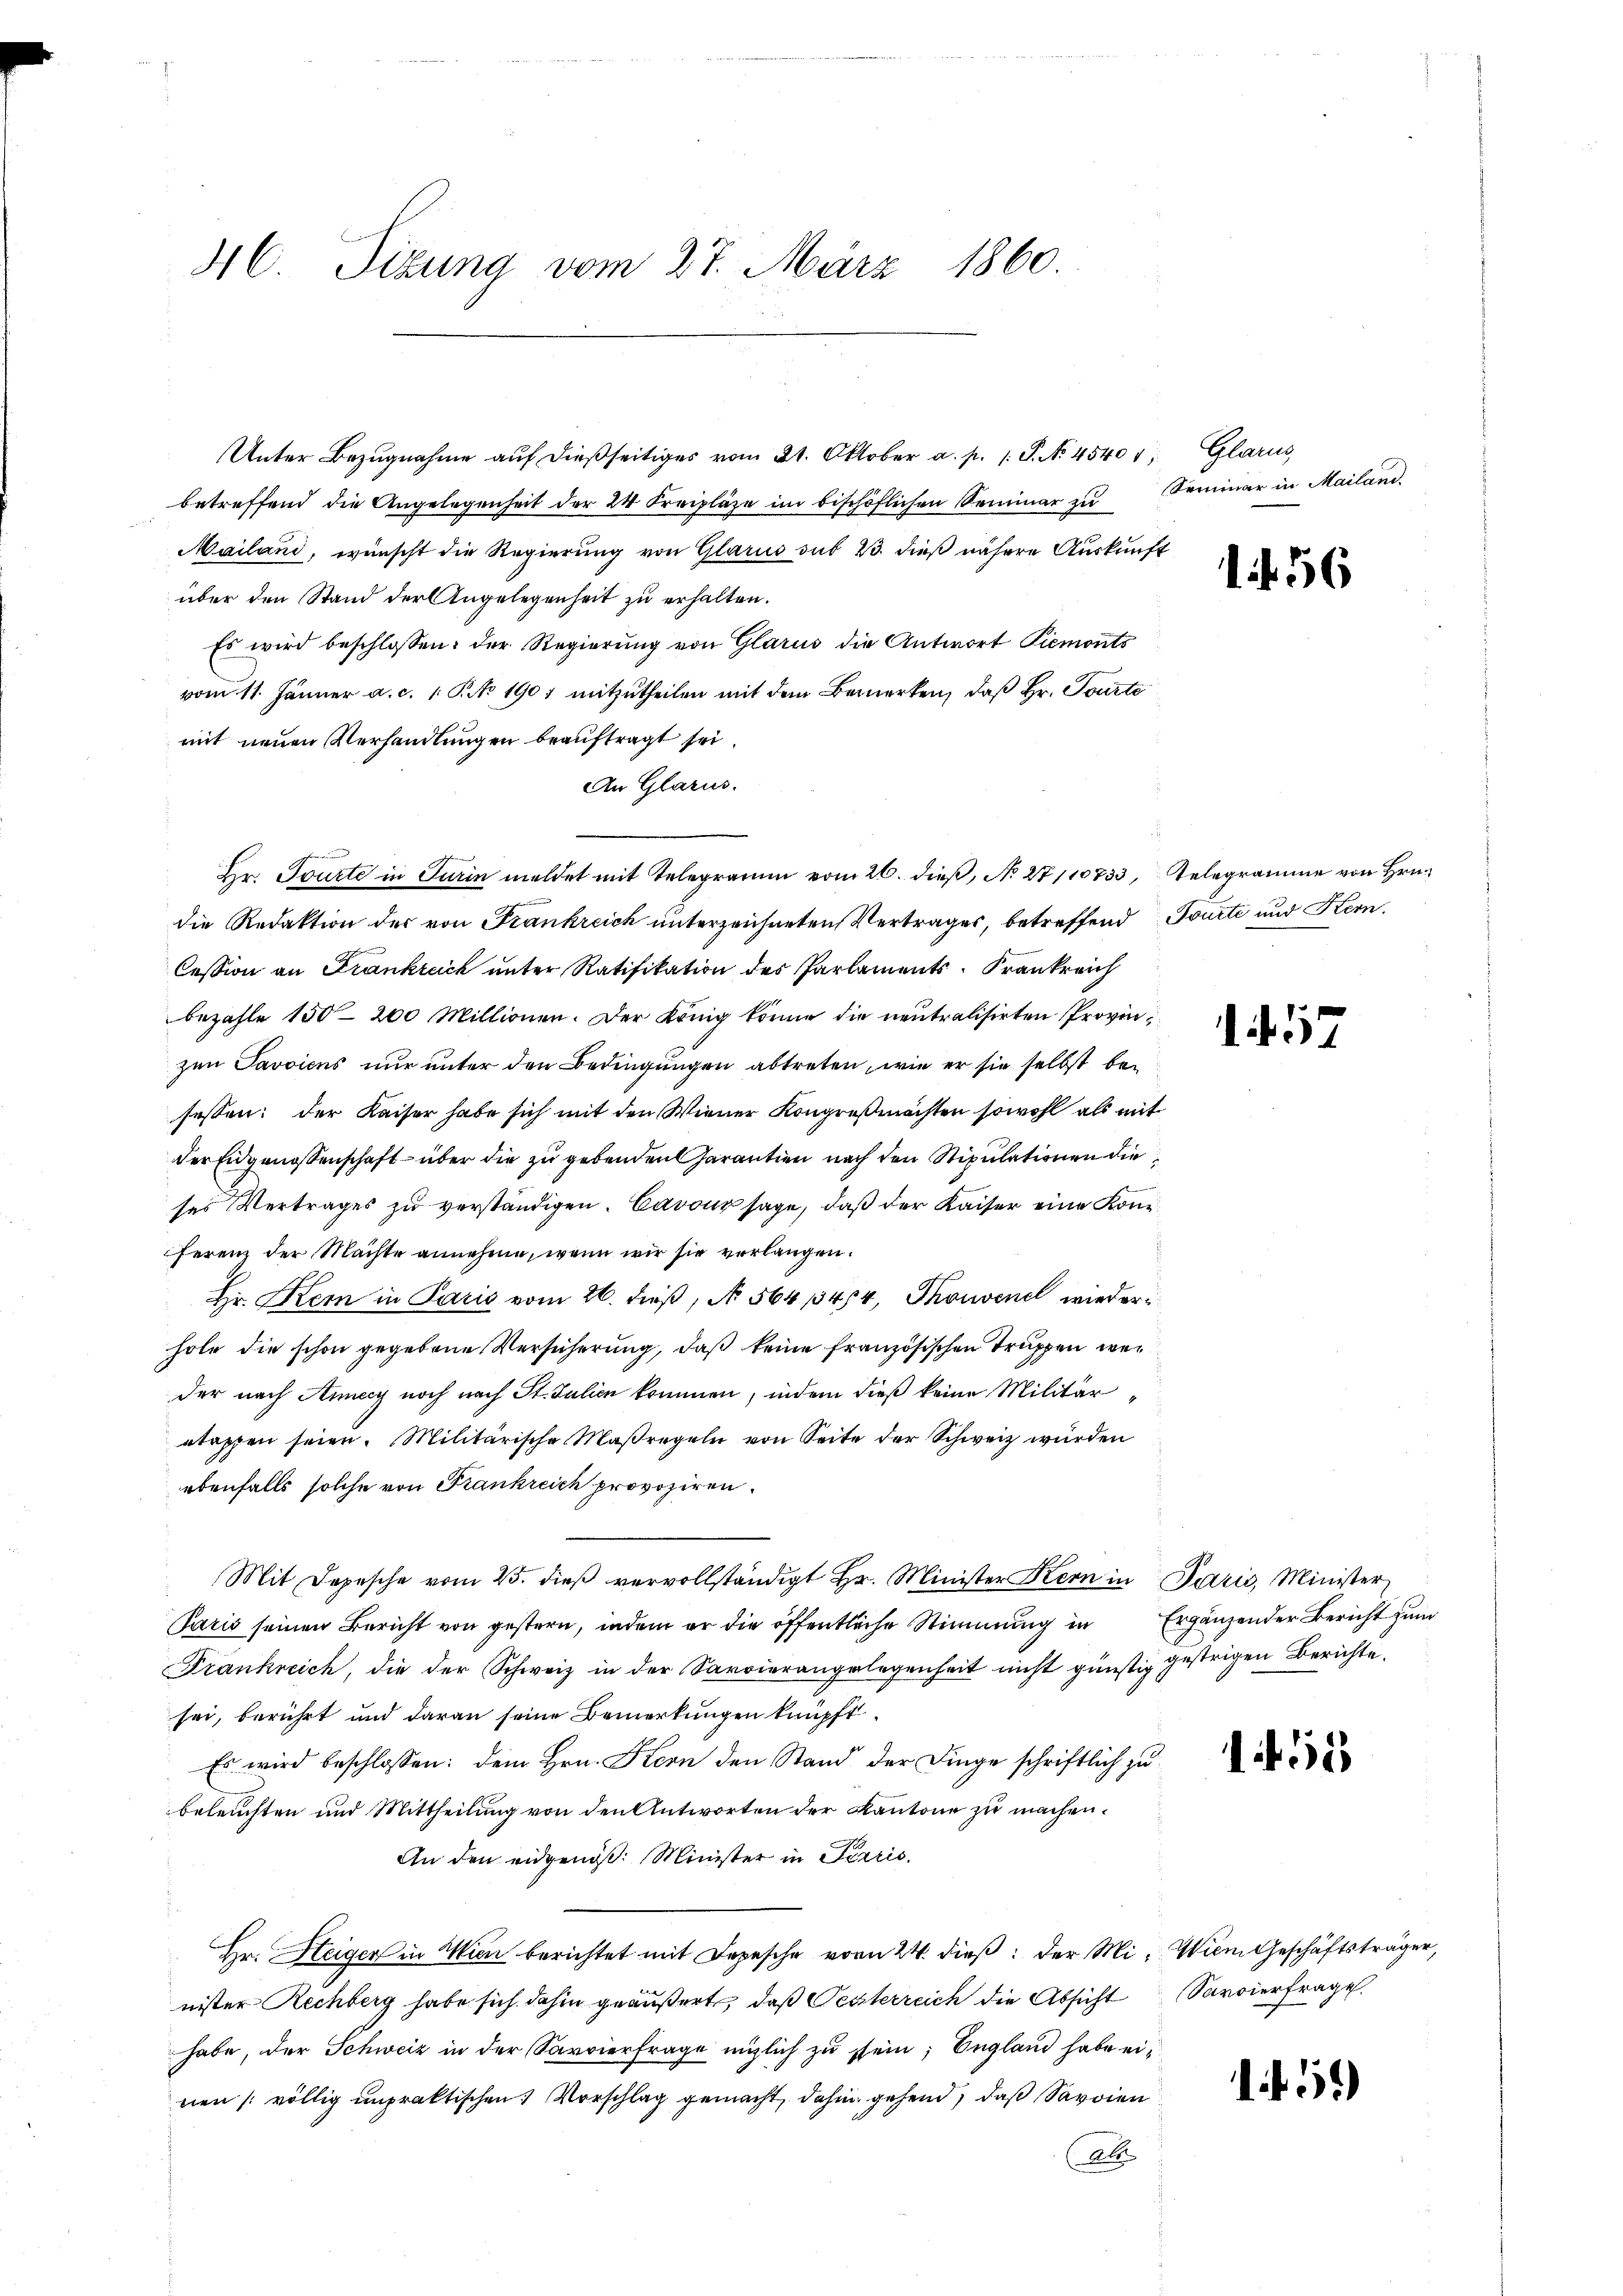
46 Sizung vom 27. März 1860.

Unter Bezŭgnahme aŭf dießseitiges vom 21. Oktober a. p. 1. P. No. 45401; Glarus,
betreffend die Angelegenheit der 24 Kreiplaze im bischöflichen Seminar zu
Mailand, wünscht die Regierung von Glarus sub 23. dieß nähere Auskung
über den Stand der Angelegenheit zu erhalten.
Es wird beschlossen: der Regierŭng von Glarus die Antwort Piemonts
vom 11. Jänner a. c. 1 S. 1907 mitzutheilen mit dem Bemerken, daß Hr. Tourte
mit neuen Verhandlungen beauftragt sei.
An Glarus.
Hr. Tourte in Turin meldet mit Telegramm vom 26. dieß, No 27/10733, Telegramme von Hrn.
die Redaktion des von Frankreich unterzeichneten Vertrages, betreffend
Cession an Frankreich unter Ratifikation des Parlaments-Frankreich
bezahle 150–200 Millionen. Der König könne die neutralisirten Provinz
zen Savoicus nur unter den Bedingungen abtreten, wie er sie selbst besessen: der Kaiser habe sich mit den Wiener Kongreßmächten sowohl als mi
der Eidgenossenschaft über die zu gebenden Garantien nach den Stipulationen die
ses Vertrages zu verständigen. Cavour sage, daß der Kaiser eine Konferenz der Machte annehme, wenn wir sie verlangen.
Hr. Kein in Paris vom 26. dieß, No. 564, 1344, Thouvent wiederhole die schon gegebene Versicherung, daß keine französischen Truppen weider nach Anney noch nach St. Julion kommen, indem dieß keine Militär
etappen seien. Militärische Maßregeln von Seite der Schweiz wurden
ebenfalls solche von Frankreich provoziren.
Mit Depesche vom 25. dieβ vervollständigt Hr. Minister Kern in Paris, Minister
Paris seinen Bericht von gestern, indem er die öffentliche Stimmung in
Frankreich, die der Schweiz in der Sarvierangelegenheit nicht günstig gestrigen Berichte,
sei, berührt und daran seine Bemerkungen knüpft.
Es wird beschlossen: dem Hrn. Kern den Stand der Dinge schriftlich zu
beleuchten und Mittheilung von den Antworten der Kantone zu machen.
An den eidgenöß: Minister in Terris
Hr. Heiger in Wien berichtet mit Depesche vom 24. dieß: der Mi- Wien Geschäftsträger,
nister Rechberg habe sich dahin geäußert, daß Oesterreich die Absicht Savoierfrage
habe, der Schweiz in der Sarvierfrage möglich zu sein, England habe einen völlig unpraktischen Vorschlag gemacht, dahin gehend, daß Savoien
Abs

e

4

t.

s

Seminar in Mailand.

1456

Fourte und Kern.

1. 57

Ergänzender Bericht zum

155

5)